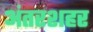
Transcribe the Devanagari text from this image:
अंतरशहर